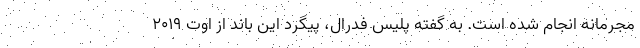
مجرمانه انجام شده است. به گفته پلیس فدرال، پیگرد این باند از اوت ۲۰۱۹